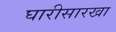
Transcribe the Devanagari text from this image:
घारीसारखा